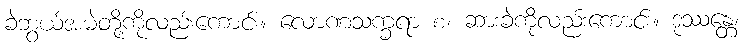
ခဲဘွယ်အမဲတို့ကိုလည်းကောင်း။ လောဏသက္ခရာ စ၊ ဆားခဲကိုလည်းကောင်း။ ဒုဿန္တေ၊